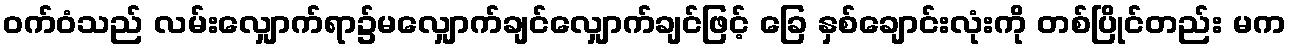
ဝက်ဝံသည် လမ်းလျှောက်ရာ၌မလျှောက်ချင်လျှောက်ချင်ဖြင့် ခြေ နှစ်ချောင်းလုံးကို တစ်ပြိုင်တည်း မက